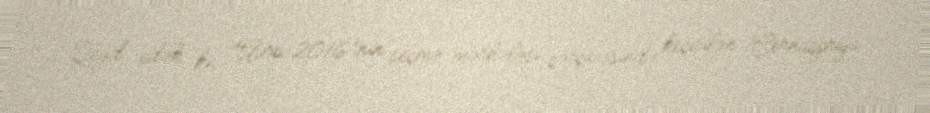
Qeyd edək ki, "Avro-2016”nın seçmə mərhələsi çərçivəsində keçirilən Çernaqoriya